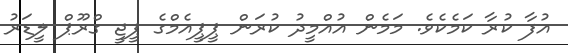
އުފާ ކުރާ ކަމެކެވެ. މަމެން އުއްމީދު ކުރަން ޕީޕީއެމްގެ ޕީޖީ ގްރޫޕް ލީޑަރު